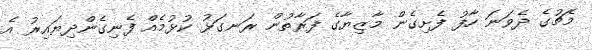
މެޗުގެ ދެވަނަ ހާފު ފެށިގެން މާޒިޔާގެ ފަރާތުން ރަނގަޅު ކުޅުމެއް ފެނިގެންދިޔައިރު އެ